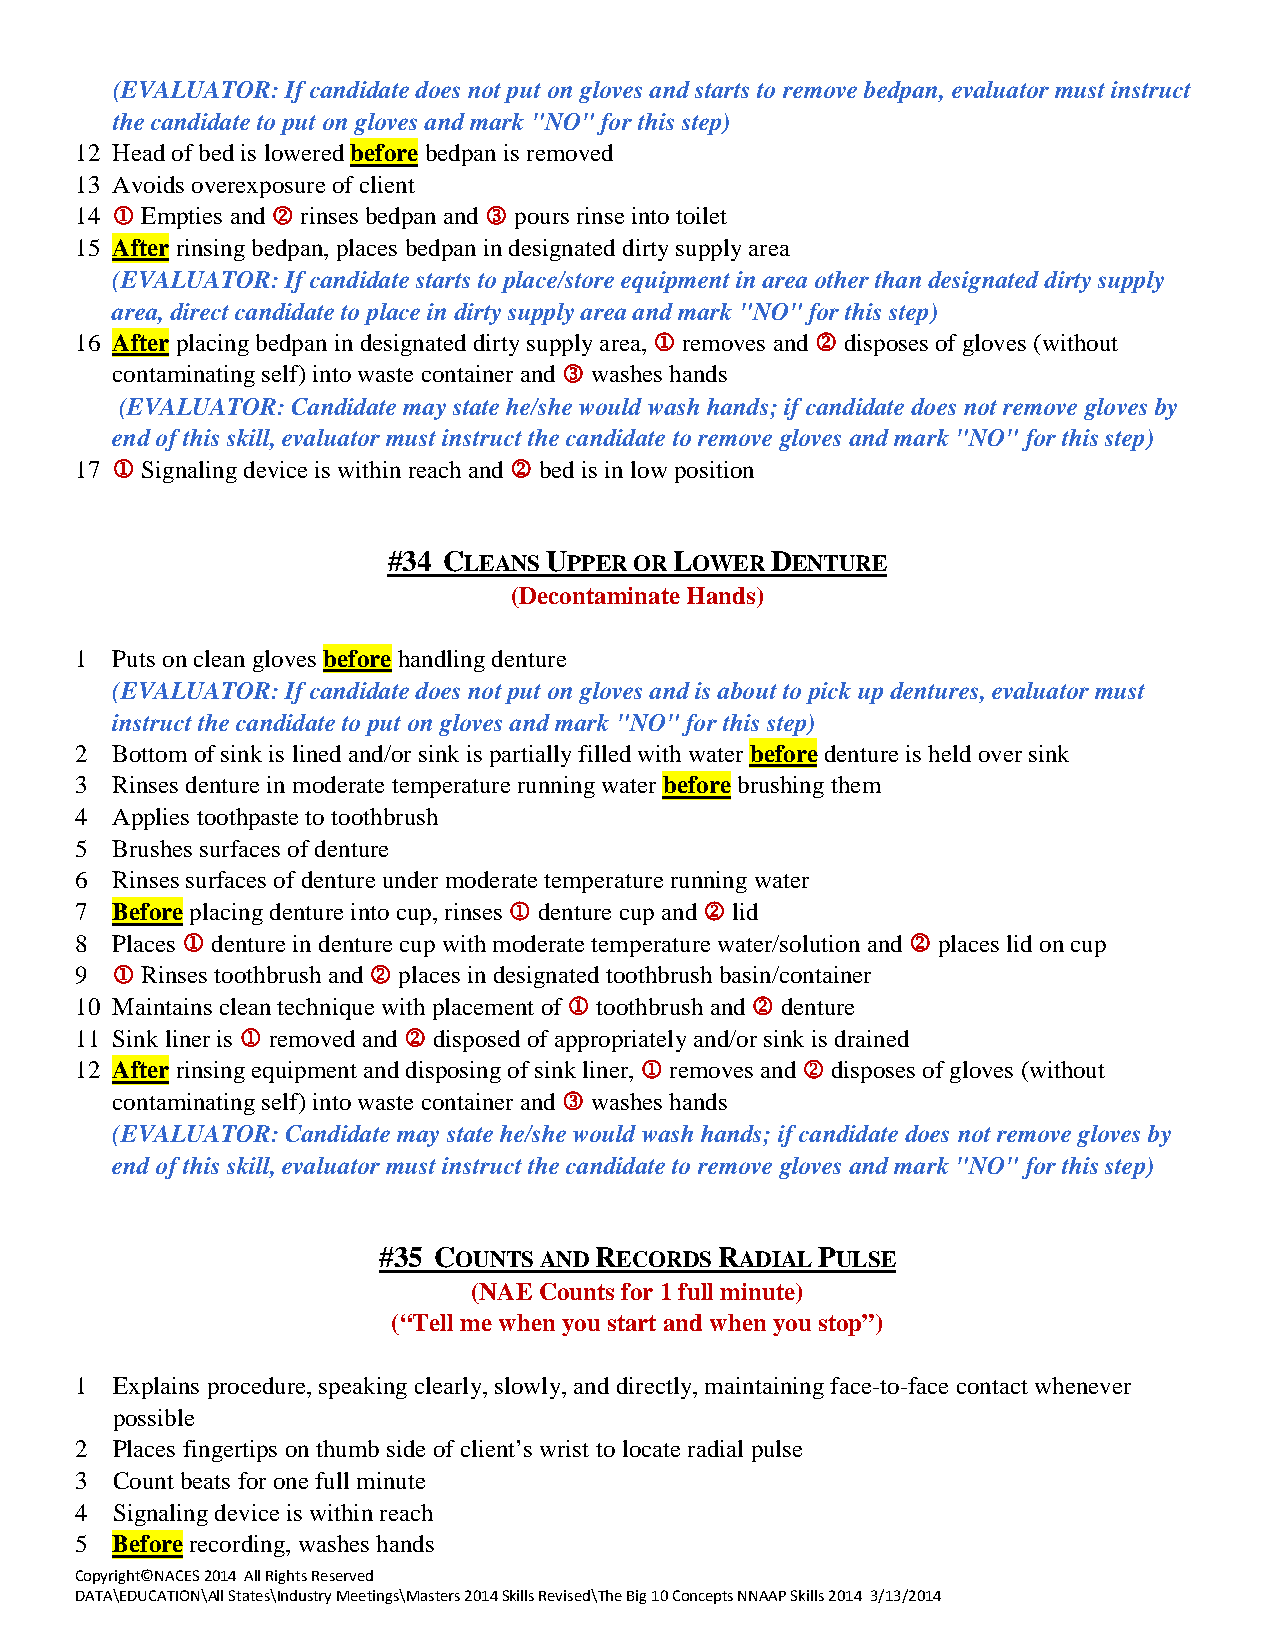
(EVALUATOR: If candidate does not put on gloves and starts to remove bedpan, evaluator must instruct
 the candidate to put on gloves and mark "NO" for this step)
 12 Head of bed is lowered before bedpan is removed
 13 Avoids overexposure of client
 14  Empties and  rinses bedpan and  pours rinse into toilet
 15 After rinsing bedpan, places bedpan in designated dirty supply area
 (EVALUATOR: If candidate starts to place/store equipment in area other than designated dirty supply
 area, direct candidate to place in dirty supply area and mark "NO" for this step)
 16 After placing bedpan in designated dirty supply area,  removes and  disposes of gloves (without
 contaminating self) into waste container and  washes hands
 (EVALUATOR: Candidate may state he/she would wash hands; if candidate does not remove gloves by
 end of this skill, evaluator must instruct the candidate to remove gloves and mark "NO" for this step)
 17  Signaling device is within reach and  bed is in low position
 #34 CLEANS UPPER OR LOWER DENTURE
 (Decontaminate Hands)
 1 Puts on clean gloves before handling denture
 (EVALUATOR: If candidate does not put on gloves and is about to pick up dentures, evaluator must
 instruct the candidate to put on gloves and mark "NO" for this step)
 2 Bottom of sink is lined and/or sink is partially filled with water before denture is held over sink
 3 Rinses denture in moderate temperature running water before brushing them
 4 Applies toothpaste to toothbrush
 5 Brushes surfaces of denture
 6 Rinses surfaces of denture under moderate temperature running water
 7 Before placing denture into cup, rinses  denture cup and  lid
 8 Places  denture in denture cup with moderate temperature water/solution and  places lid on cup
 9  Rinses toothbrush and  places in designated toothbrush basin/container
 10 Maintains clean technique with placement of  toothbrush and  denture
 11 Sink liner is  removed and  disposed of appropriately and/or sink is drained
 12 After rinsing equipment and disposing of sink liner,  removes and  disposes of gloves (without
 contaminating self) into waste container and  washes hands
 (EVALUATOR: Candidate may state he/she would wash hands; if candidate does not remove gloves by
 end of this skill, evaluator must instruct the candidate to remove gloves and mark "NO" for this step)
 #35 COUNTS AND RECORDS RADIAL PULSE
 (NAE Counts for 1 full minute)
 (“Tell me when you start and when you stop”)
 1 Explains procedure, speaking clearly, slowly, and directly, maintaining face-to-face contact whenever
 possible
 2 Places fingertips on thumb side of client’s wrist to locate radial pulse
 3 Count beats for one full minute
 4 Signaling device is within reach
 5 Before recording, washes hands
 Copyright©NACES 2014 All Rights Reserved
 DATA\EDUCATION\All States\Industry Meetings\Masters 2014 Skills Revised\The Big 10 Concepts NNAAP Skills 2014 3/13/2014